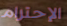
الإحترام